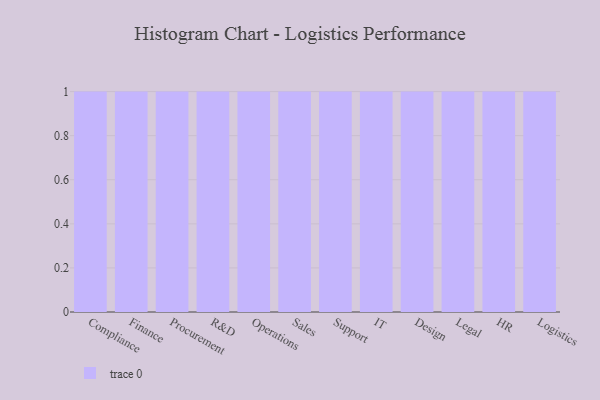
{"axis": {"x": "Department", "y": "Net Income (USD K)"}, "legend": [""], "data": [{"x": "Compliance", "y": 66, "type": ""}, {"x": "Finance", "y": 80, "type": ""}, {"x": "Procurement", "y": 60, "type": ""}, {"x": "R&D", "y": 70, "type": ""}, {"x": "Operations", "y": 70, "type": ""}, {"x": "Sales", "y": 55, "type": ""}, {"x": "Support", "y": 16, "type": ""}, {"x": "IT", "y": 68, "type": ""}, {"x": "Design", "y": 59, "type": ""}, {"x": "Legal", "y": 21, "type": ""}, {"x": "HR", "y": 22, "type": ""}, {"x": "Logistics", "y": 27, "type": ""}]}